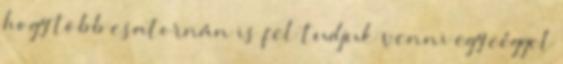
hogy több csatornán is fel tudjuk venni egy céggel